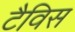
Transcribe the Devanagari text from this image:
टैविस